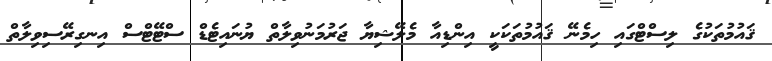
ޤައުމުތަކުގެ ލިސްޓްގައި ހިމެނޭ ޤައުމުތަކަކީ އިންޑިއާ މެލޭޝިޔާ ޖަރުމަނުވިލާތް ޔުނައިޓެޑް ސްޓޭޓްސް އިނގިރޭސިވިލާތް